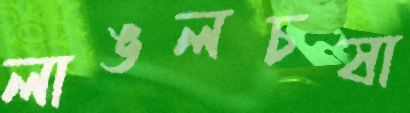
লাঙলচষা